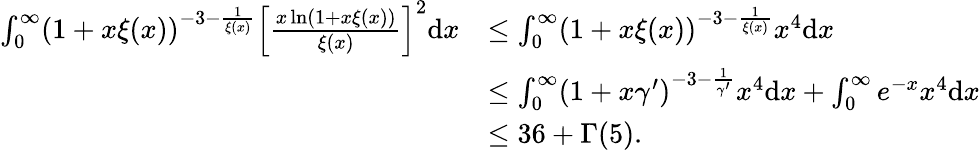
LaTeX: \begin{array}{rl}{\int_{0}^{\infty}(1+x\xi(x))^{-3-\frac{1}{\xi(x)}}\left[\frac{x\ln(1+x\xi(x))}{\xi(x)}\right]^{2}\mathrm{d}x}&{\leq\int_{0}^{\infty}(1+x\xi(x))^{-3-\frac{1}{\xi(x)}}x^{4}\mathrm{d}x}\\ &{\leq\int_{0}^{\infty}(1+x\gamma^{\prime})^{-3-\frac{1}{\gamma^{\prime}}}x^{4}\mathrm{d}x+\int_{0}^{\infty}e^{-x}x^{4}\mathrm{d}x}\\ &{\leq 36+\Gamma(5).}\end{array}